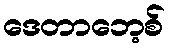
ဒေတာဘေ့စ်